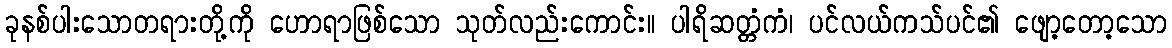
ခုနစ်ပါးသောတရားတို့ကို ဟောရာဖြစ်သော သုတ်လည်းကောင်း။ ပါရိဆတ္တံကံ၊ ပင်လယ်ကသ်ပင်၏ ဖျော့တော့သော